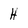
Character: H